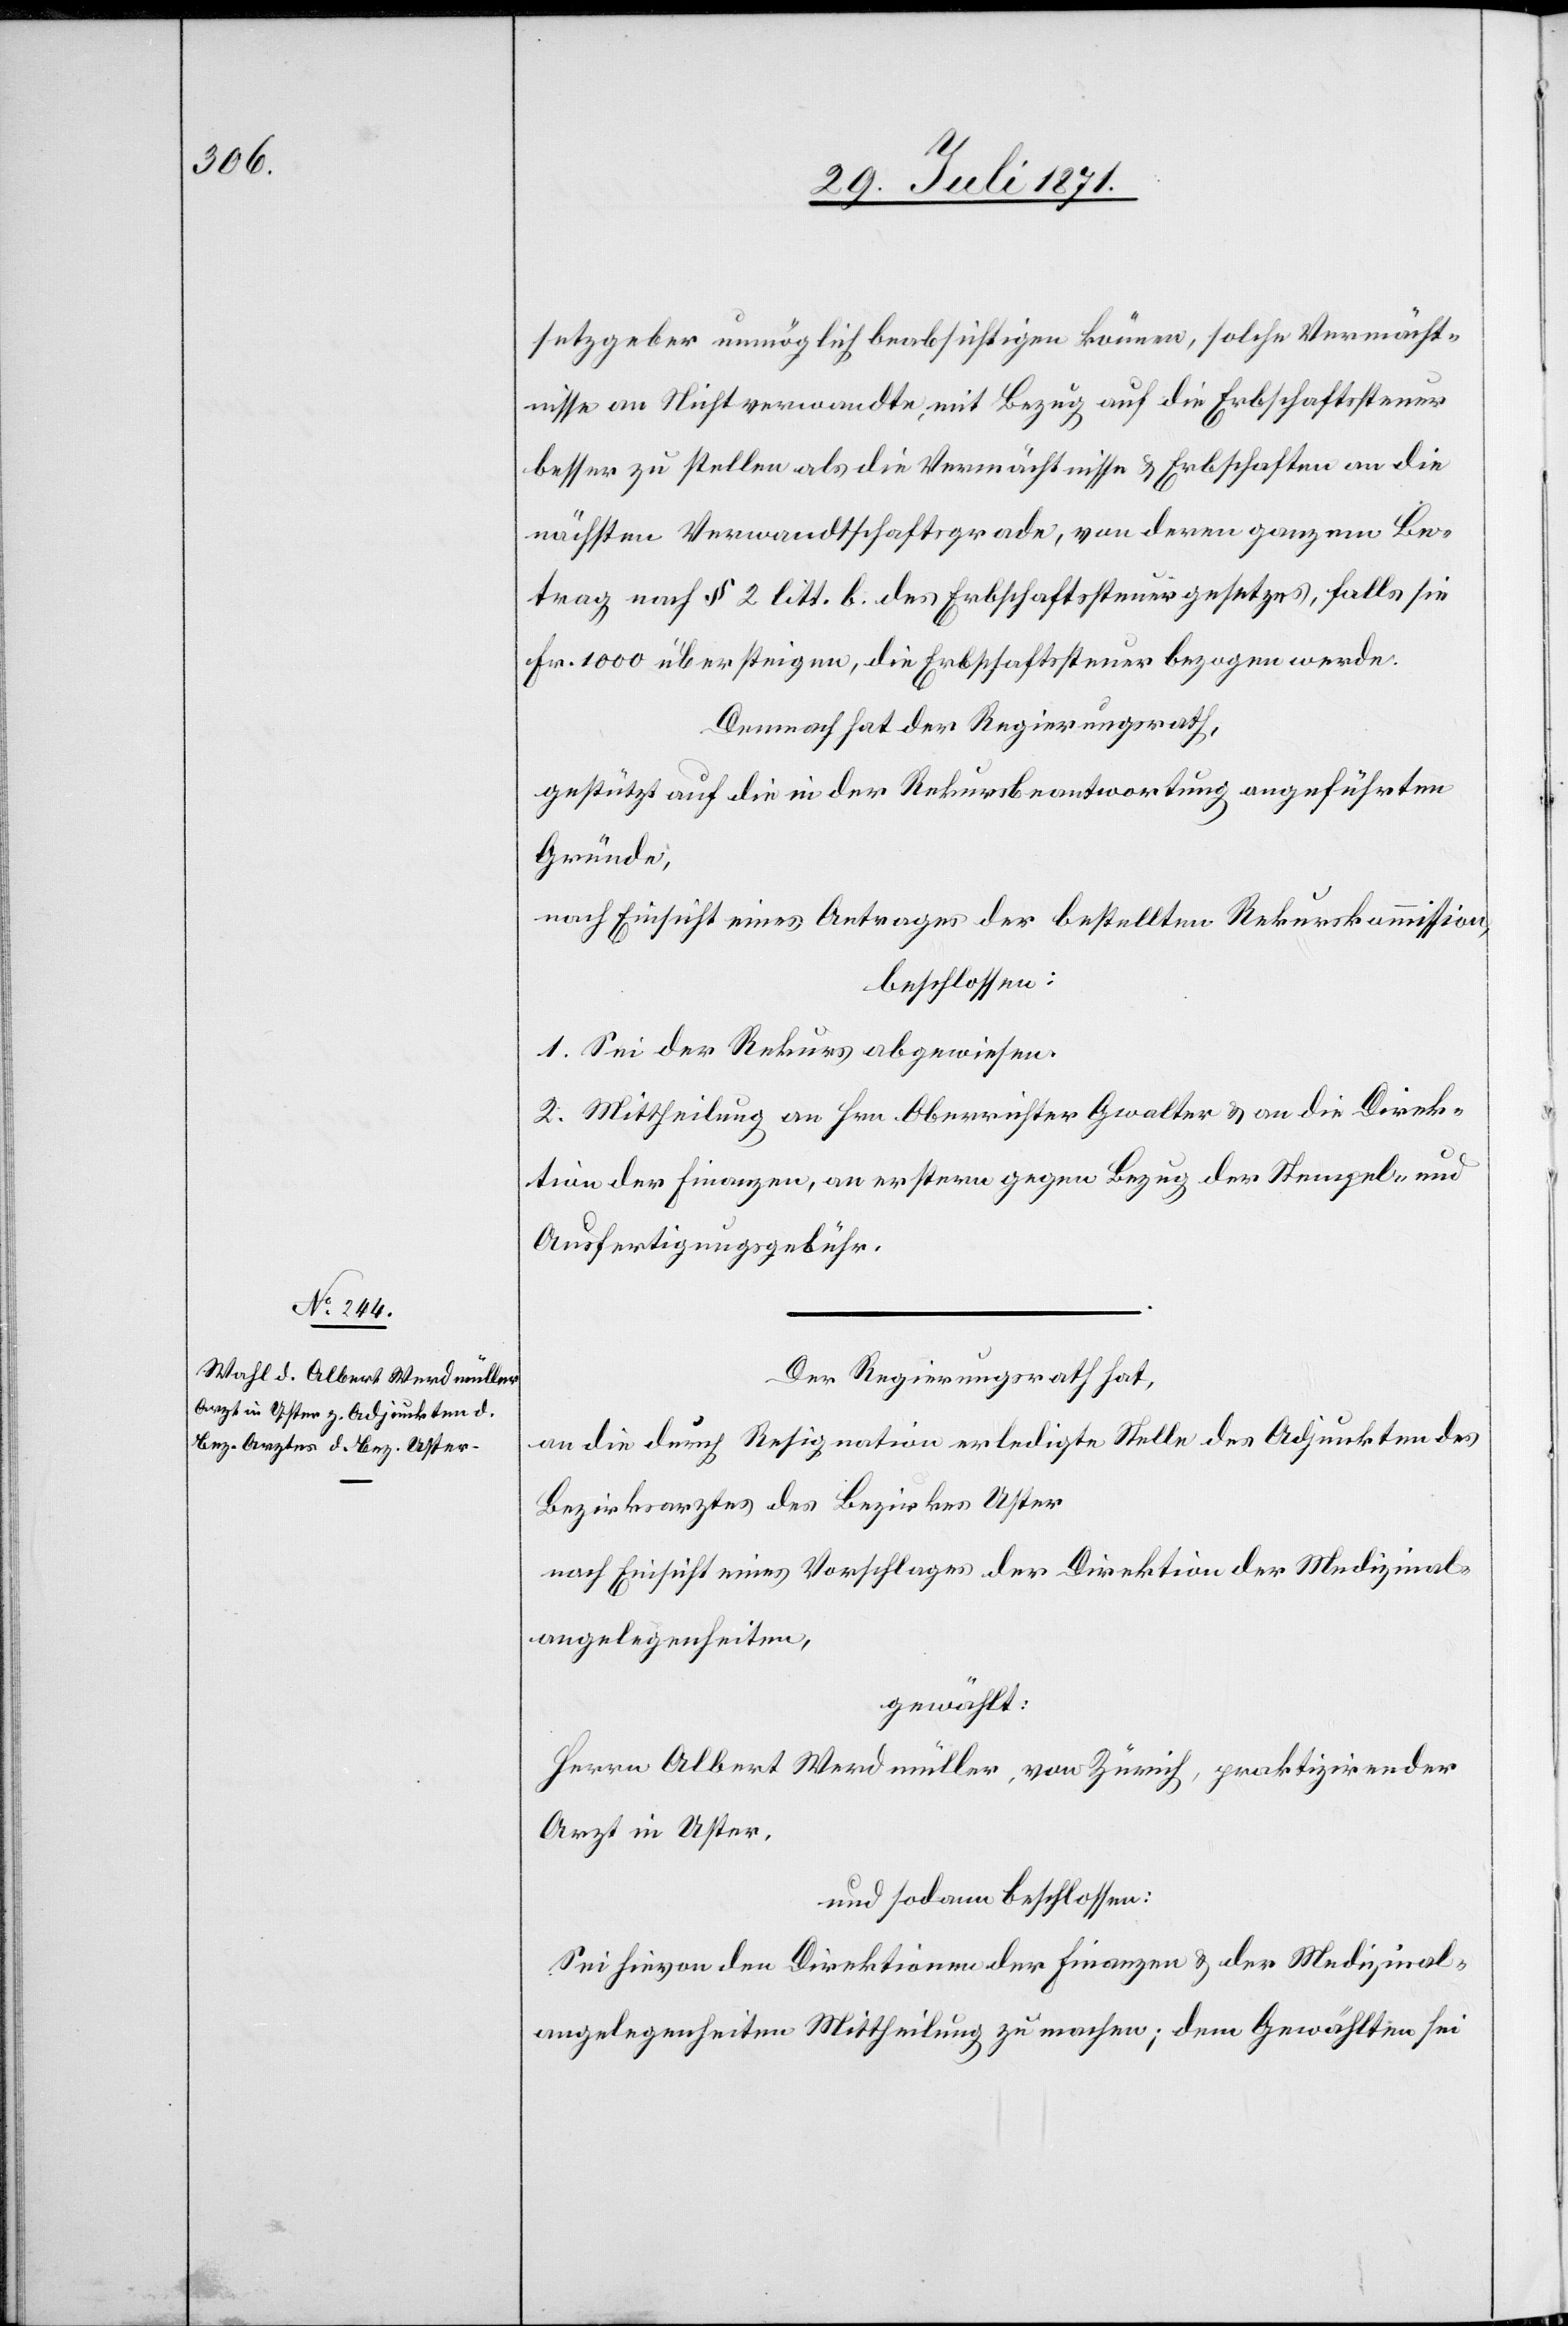
setzgeber unmöglich beabsichtigen können, solche Vermächt¬
nisse an Nichtverwandte, mit Bezug auf die Erbschaftssteuer
besser zu stellen als die Vermächtnisse u. Erbschaften an die
nächsten Verwandtschaftsgrade, von deren ganzem Be¬
trag nach § 2 litt. b. des Erbschaftssteuergesetzes, falls sie
Fr. 1000 übersteigen, die Erbschaftssteuer bezogen werde.
Demnach hat der Regierungsrath,
gestützt auf die in der Rekursbeantwortung angeführten
Gründe,
nach Einsicht eines Antrages der bestellten Rekurskommission,
beschlossen:
1. Sei der Rekurs abgewiesen.
2. Mittheilung an Hrn. Oberrichter Gwalter u. an die Direk¬
tion der Finanzen, an erstern gegen Bezug der Stempel- und
Ausfertigungsgebühr.
Der Regierungsrath hat,
an die durch Resignation erledigte Stelle des Adjunkten des
Bezirksrathes des Bezirkes Uster
nach Einsicht eines Antrages der Direktion der Medizinal¬
angelegenheiten,
gewählt:
Herrn Albert Werdmüller, von Zürich, praktizirender
Arzt in Uster,
und sodann beschlossen:
Sei hievon den Direktion der Finanzen u. der Medizinal¬
angelegenheiten Mittheilung zu machen; dem Gewählten sei